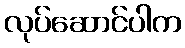
လုပ်ဆောင်ပါက